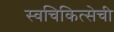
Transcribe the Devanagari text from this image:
स्वचिकित्सेची